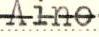
Aino